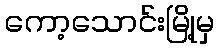
ကော့သောင်းမြို့မှ